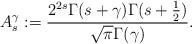
LaTeX: \begin{align*}A_s^\gamma:= \frac{2^{2s}\Gamma(s+\gamma)\Gamma(s+\frac{1}{2})} {\sqrt{\pi}\Gamma(\gamma)}.\end{align*}